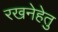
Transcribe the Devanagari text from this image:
रखनेहेतु